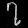
Digit: ၇